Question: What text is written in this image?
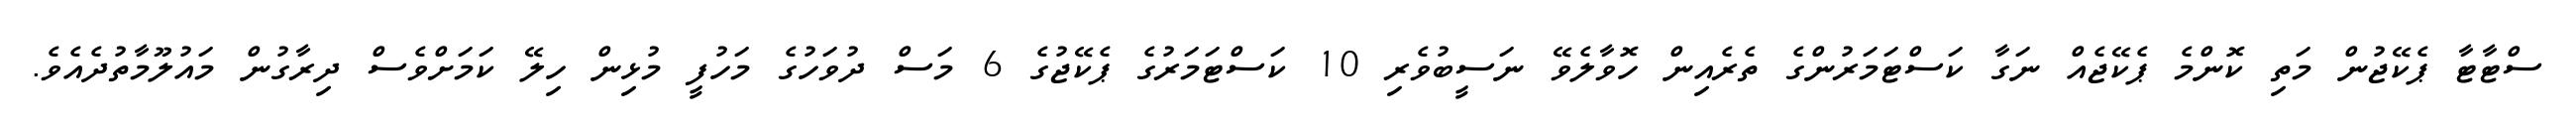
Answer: ސްޓާޓާ ޕެކޭޖުން މަތި ކޮންމެ ޕެކޭޖެއް ނަގާ ކަސްޓަމަރުންގެ ތެރެއިން ހޮވާލެވޭ ނަސީބުވެރި 10 ކަސްޓަމަރުގެ ޕެކޭޖުގެ 6 މަސް ދުވަހުގެ މަހުފީ މުޅިން ހިލޭ ކަމަށްވެސް ދިރާގުން މައުލޫމާތުދެއެވެ.